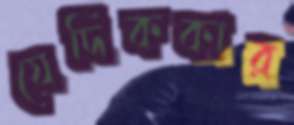
যেদিককার